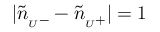
| \tilde { n } _ { { } _ { U } - } - \tilde { n } _ { { } _ { U } + } | = 1